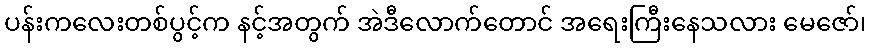
ပန်းကလေးတစ်ပွင့်က နင့်အတွက် အဲဒီလောက်တောင် အရေးကြီးနေသလား မေဇော်၊